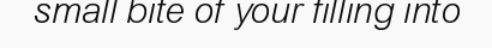
small bite of your filling into